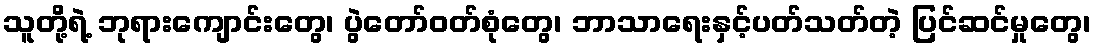
သူတို့ရဲ့ ဘုရားကျောင်းတွေ၊ ပွဲတော်ဝတ်စုံတွေ၊ ဘာသာရေးနှင့်ပတ်သတ်တဲ့ ပြင်ဆင်မှုတွေ၊